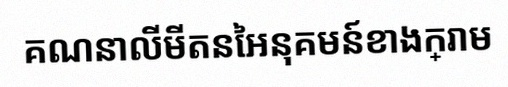
គណនាលីមីតនៃអនុគមន៍ខាងក្រោម